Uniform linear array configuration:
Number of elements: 32
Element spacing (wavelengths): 1
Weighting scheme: binomial
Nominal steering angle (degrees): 30
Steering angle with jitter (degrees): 31.219
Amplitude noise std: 0.05
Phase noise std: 0.05

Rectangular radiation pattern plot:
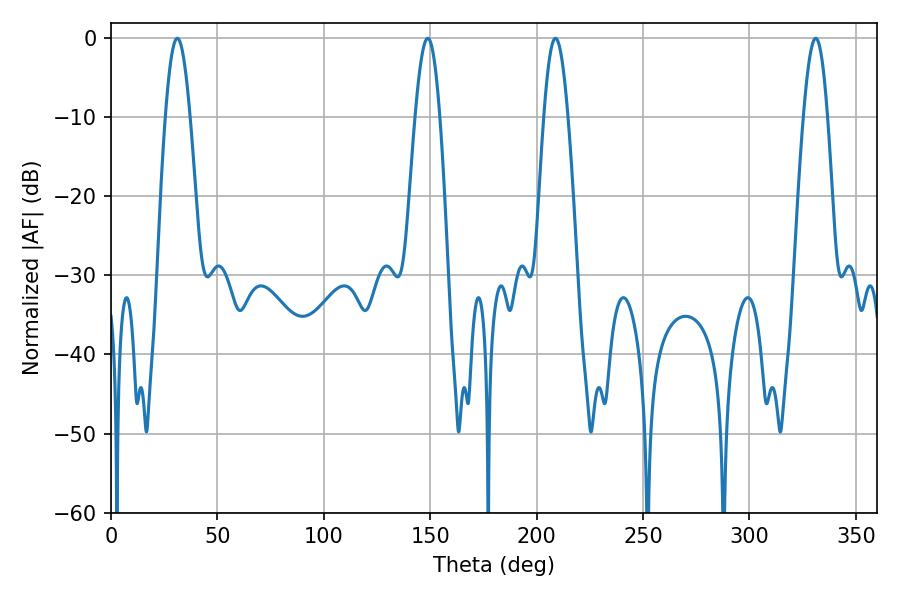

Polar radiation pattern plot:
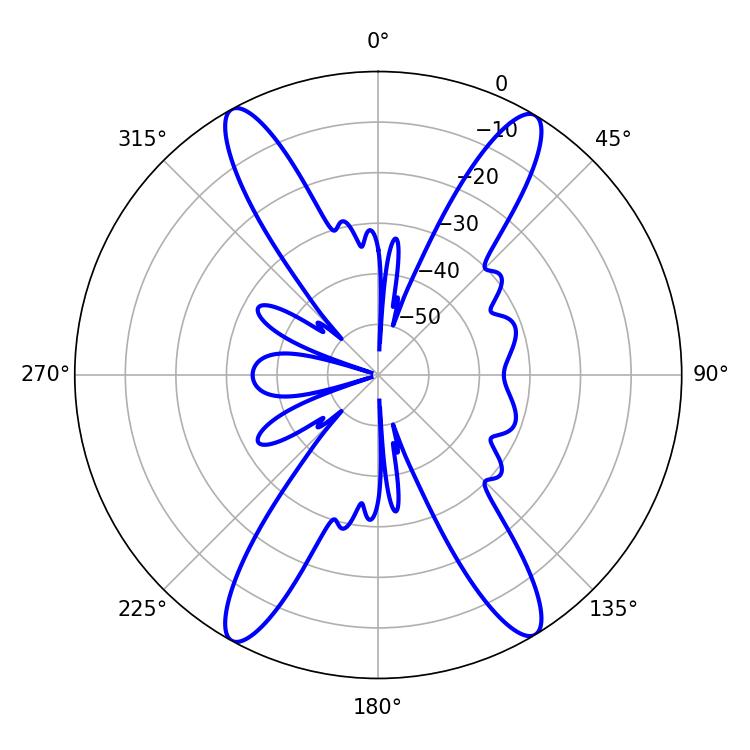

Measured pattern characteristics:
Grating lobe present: TRUE
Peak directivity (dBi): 22.35
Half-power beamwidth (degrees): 6.3
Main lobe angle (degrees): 31.14